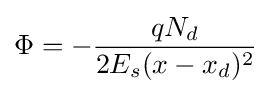
\Phi =-{\frac {qN_{d}}{2E_{s}(x-x_{d})^{2}}}